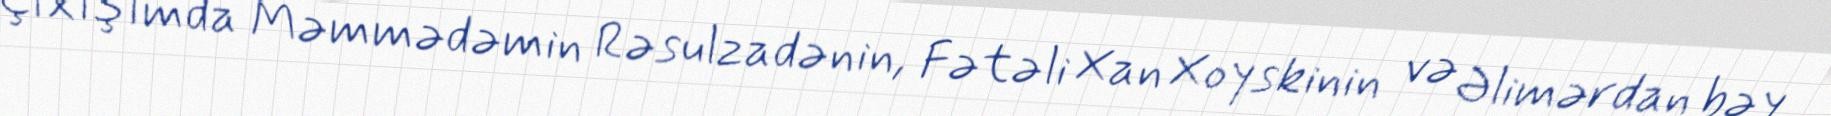
Çıxışımda Məmmədəmin Rəsulzadənin, Fətəli Xan Xoyskinin və Əlimərdan bəy